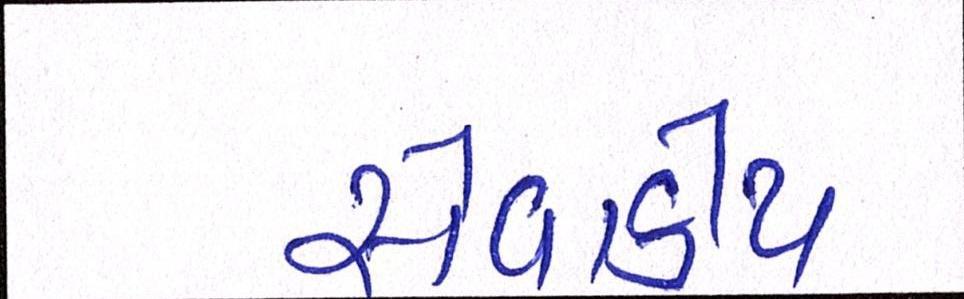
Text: સેવાકીય